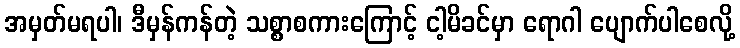
အမှတ်မရပါ၊ ဒီမှန်ကန်တဲ့ သစ္စာစကားကြောင့် ငါ့မိခင်မှာ ရောဂါ ပျောက်ပါစေလို့